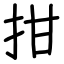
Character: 拑